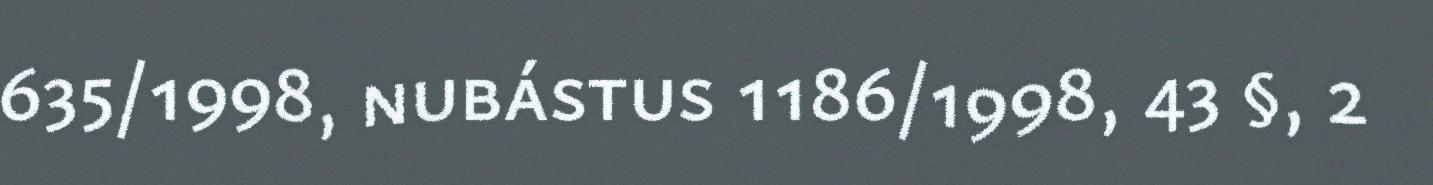
635/1998, nubástus 1186/1998, 43 §, 2